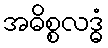
အဓိစ္စလဒ္ဓံ